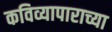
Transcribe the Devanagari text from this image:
कविव्यापाराच्या